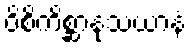
ဝိစိကိစ္ဆာနုသယာနံ